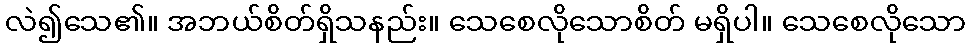
လဲ၍သေ၏။ အဘယ်စိတ်ရှိသနည်း။ သေစေလိုသောစိတ် မရှိပါ။ သေစေလိုသော